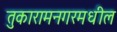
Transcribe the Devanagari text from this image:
तुकारामनगरमधील